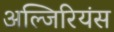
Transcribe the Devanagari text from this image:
अल्जिरियंस